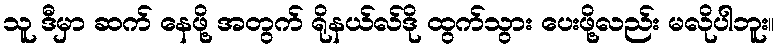
သူ ဒီမှာ ဆက် နေဖို့ အတွက် ရိုနယ်လ်ဒို ထွက်သွား ပေးဖို့လည်း မလိုပါဘူး။